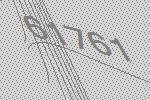
61761